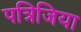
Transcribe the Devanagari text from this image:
पत्रिजिया